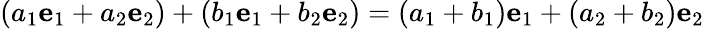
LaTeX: (a_{1}{\mathbf{e}}_{1}+a_{2}{\mathbf{e}}_{2})+(b_{1}{\mathbf{e}}_{1}+b_{2}{\mathbf{e}}_{2})=(a_{1}+b_{1}){\mathbf{e}}_{1}+(a_{2}+b_{2}){\mathbf{e}}_{2}